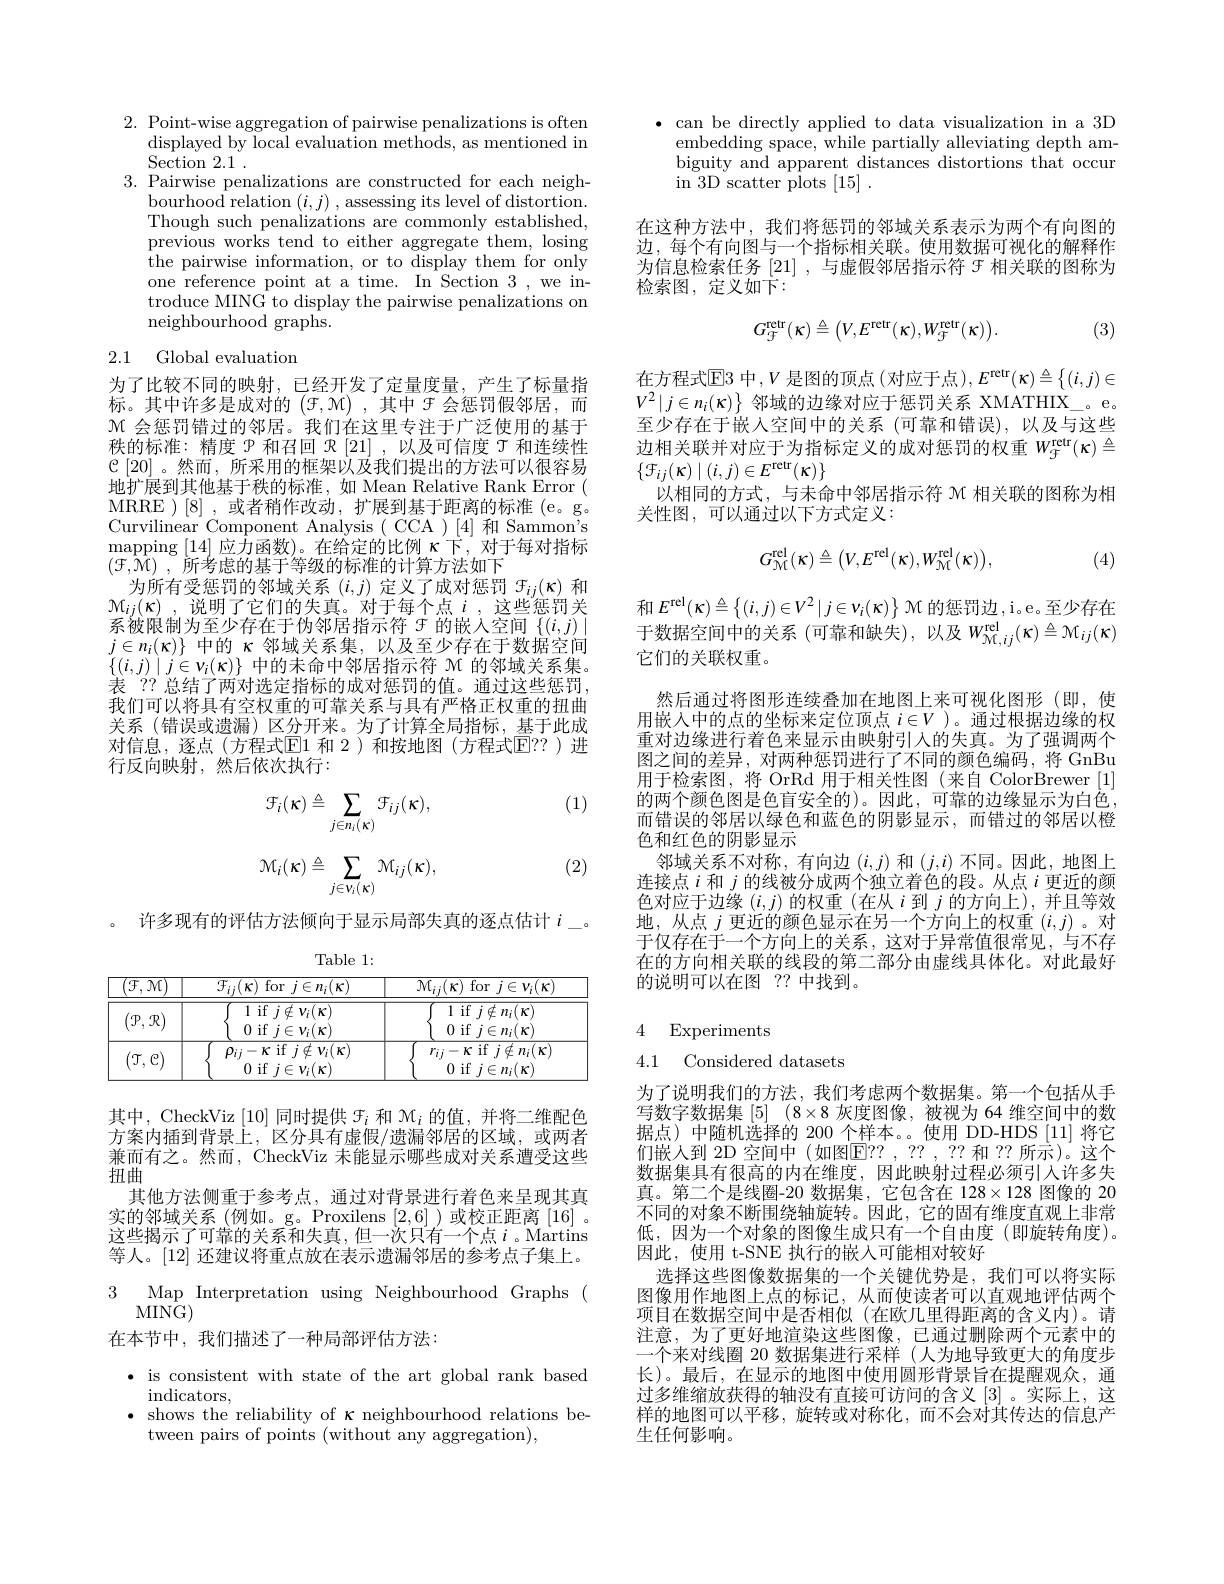
2. Point-wise aggregation of pairwise penalizations is often
displayed by local evaluation methods, as mentioned in
$\operatorname{Section}2.1$
3. Pairwise penalizations are constructed for each neigh-
$\begin{array}{l}\text{bourhood relation }(i,j)\:,\text{assessing its level of distortion.}\\\text{Though such penalizations are commonly established,}\end{array}$ previous works tend to either aggregate them, losing $\hat{the pairwise information, or to display them for only}$ one reference point at a time. In Section 3 , we introduce MING to display the pairwise penalizations on neighbourhood graphs.

# 2.1 Global evaluation

为了比较不同的映射，已经开发了定量度量，产生了标量指标。其中许多是成对的$(\mathcal{F},\mathcal{M})$ ,其中$\mathcal{F}$会惩罚假邻居，而$\mathcal{M}$会惩罚错过的邻居。我们在这里专注于广泛使用的基于秩的标准：精度$\mathbb{P}$和召回$\mathbb{R}\left[21\right]$,以及可信度 了 和连续性$\mathcal{C}[20]$ 。然而，所采用的框架以及我们提出的方法可以很容易地扩展到其他基于秩的标准，如 Mean Relative Rank Error ( MRRE )[8],或者稍作改动，扩展到基于距离的标准(e。g。Curvilinear Component Analysis ( CCA )[4] 和 Sammon's mapping [ 14] 应力函数)。在给定的比例 $\kappa$下，对于每对指标$( \mathcal{F} , \hat{\mathcal{M} } )$ , 所考虑的基于等级的标准的计算方法如下
为所有受惩罚的邻域关系$(i,j)$定义了成对惩罚$\mathcal{F}_ij(\kappa)$和$\begin{array}{l}\mathcal{M}_{ij}(\kappa)&\text{,说明了它们的失真。对于每个点 }i&\text{,这些惩罚关}\\\text{系被限制为至少存在于伪邻居指示符 }&\text{手的嵌入空间}&\{(i,j)|\end{array}$ $j\in n_i(\kappa)\}$中的 $\kappa$ 邻域关系集，以及至少存在于数据空间$\{(i,j)\mid j\in v_{i}(\kappa)\}$中的未命中邻居指示符 M 的邻域关系集。表 ?? 总结了两对选定指标的成对惩罚的值。通过这些惩罚， 我们可以将具有空权重的可靠关系与具有严格正权重的扭曲关系 (错误或遗漏)区分开来。为了计算全局指标，基于此成对信息，逐点(方程式$\overline{\mathrm{E}}1$ 和 2)和按地图(方程式$\overline{\mathrm{E}}??$)进行反向映射，然后依次执行：

(1)
$$\mathcal{F}_{i}(\kappa)\triangleq\sum_{j\in n_{i}(\kappa)}\mathcal{F}_{ij}(\kappa),$$
$$\mathcal{M}_{i}(\kappa)\triangleq\sum_{j\in\nu_{i}(\kappa)}\mathcal{M}_{ij}(\kappa),$$
(2)

许多现有的评估方法倾向于显示局部失真的逐点估计$i_{-}$。

Table 1:
<table>
	<tbody>
		<tr>
			<th>$({\mathcal{F},\mathcal M})$</th>
			<th>$\mathcal{F}_{ij}(\kappa)$ for $j\in n_i(\kappa)$</th>
			<th>$\mathcal{M}_{ij}(\kappa)$ for $j\in\nu_i(\kappa)$</th>
		</tr>
		<tr>
			<td>$(\mathcal{P},\mathcal{R})$</td>
			<td>1 if $j\notin v_{i}(\kappa)$ 0 if $j\in v_i(\kappa)$</td>
			<td>${\overline{1{\text{ if }j\notin n_{i}(\kappa)}}}$ 0 if $j\in n_i(\kappa)$</td>
		</tr>
		<tr>
			<td>$(\mathfrak{T},\mathfrak{c})$</td>
			<td>$\rho_{ij}-\kappa$ if $j\notin\nu_i(\kappa)$ 0 if $j\in v_i(\boldsymbol{\kappa})$</td>
			<td>$r_{ij}-\kappa$ if $j\notin n_i(\kappa)$ 0 if $j\in n_i(\kappa)$</td>
		</tr>
	</tbody>
</table>

其中，CheckViz [10]同时提供$\mathcal{F}_i$和$\mathcal{M}_i$的值，并将二维配色方案内插到背景上，区分具有虚假/遗漏邻居的区域，或两者兼而有之。然而，CheckViz 未能显示哪些成对关系遭受这些扭曲
其他方法侧重于参考点，通过对背景进行着色来呈现其真实的邻域关系(例如。g。Proxilens [2,6] )或校正距离[16] 。这些揭示了可靠的关系和失真，但一次只有一个点$i$ 。Martins 等人。[12]还建议将重点放在表示遗漏邻居的参考点子集上。

3 Map Interpretation using Neighbourhood Graphs (
$MING)$
在本节中，我们描述了一种局部评估方法：

· is consistent with state of the art global rank based
indicators,
$\bullet$ shows the reliability of $\kappa$ neighbourhood relations be-
tween pairs of points (without any aggregation),

$\bullet$ can be directly applied to data visualization in a 3D
embedding space, while partially alleviating depth ambiguity and apparent distances distortions that occur $\operatorname{in}3$D$\operatorname{scatter}\operatorname{plots}\left[15\right].$

在这种方法中，我们将惩罚的邻域关系表示为两个有向图的边，每个有向图与一个指标相关联。使用数据可视化的解释作为信息检索任务[21] ,与虚假邻居指示符$\mathcal{F}$相关联的图称为检索图，定义如下：
$$G_{\mathcal{F}}^{\mathrm{retr}}(\kappa)\triangleq\begin{pmatrix}V,E^{\mathrm{retr}}(\kappa),W_{\mathcal{F}}^{\mathrm{retr}}(\kappa)\end{pmatrix}.$$
(3)

在方程式$\mathbb{E}3$ 中 $,V$ 是图的顶点 (对应于点$),E^\mathrm{retr}(\kappa)\triangleq\left\{(i,j)\in\right\}$ $V^2\mid j\in n_i(\kappa)\}$邻域的边缘对应于惩罚关系 XMATHIX\_。e。至少存在于嵌人空间中的关系 (可靠和错误),以及与这些边相关联并对应于为指标定义的成对惩罚的权重$W_{\mathcal{F}}^\mathrm{retr}(\kappa)\triangleq$ $\{\mathcal{F}_{ij}(\kappa)\mid(i,j)\in E^{\mathrm{retr}}(\kappa)\}$
以相同的方式，与未命中邻居指示符$\mathfrak{M}$相关联的图称为相
关性图，可以通过以下方式定义：

(4)
$$G_{\mathcal{M}}^{\mathrm{rel}}(\kappa)\triangleq\begin{pmatrix}V,E^{\mathrm{rel}}(\kappa),W_{\mathcal{M}}^{\mathrm{rel}}(\kappa)\end{pmatrix},$$
和 $E^\mathrm{rel}( \kappa ) \triangleq \left \{ ( i, j) \in V^{2}\mid j\in \nu _{i}( \kappa ) \right \} \mathcal{M}$ 的惩罚边，i。e。至少存在于数据空间中的关系 (可靠和缺失),以及$W_{\mathcal{M},ij}^\mathrm{rel}(\kappa)\triangleq\mathcal{M}_{ij}(\kappa)$ 它们的关联权重。

然后通过将图形连续叠加在地图上来可视化图形(即，使用嵌入中的点的坐标来定位顶点$i\in V$ )。通过根据边缘的权重对边缘进行着色来显示由映射引人的失真。为了强调两个图之间的差异，对两种惩罚进行了不同的颜色编码，将 GnBu 用于检索图，将 OrRd 用于相关性图(来自 ColorBrewer [1] 的两个颜色图是色盲安全的)。因此，可靠的边缘显示为白色， 而错误的邻居以绿色和蓝色的阴影显示，而错过的邻居以橙色和红色的阴影显示
邻域关系不对称，有向边$(i,j)$和$(j,i)$不同。因此，地图上连接点$i$和$j$的线被分成两个独立着色的段。从点$i$更近的颜色对应于边缘($i,j)$的权重 (在从$i$到$j$的方向上),并且等效地，从点$j$更近的颜色显示在另一个方向上的权重$(i,j)$ 。对于仅存在于一个方向上的关系，这对于异常值很常见，与不存在的方向相关联的线段的第二部分由虚线具体化。对此最好的说明可以在图 ?? 中找到

# 4 Experiments

4.1 Considered datasets

为了说明我们的方法，我们考虑两个数据集。第一个包括从手写数字数据集[5] $( 8\times 8$灰度图像，被视为 64 维空间中的数据点)中随机选择的 200 个样本。。使用 DD-HDS [11]将它们嵌人到 2D 空间中(如图$\overline{\mathrm{E}}??,??,??$ 和 ?? 所示)。这个数据集具有很高的内在维度，因此映射过程必须引入许多失真。第二个是线圈-20 数据集，它包含在 128×128 图像的 20不同的对象不断围绕轴旋转。因此，它的固有维度直观上非常低，因为一个对象的图像生成只有一个自由度(即旋转角度)。因此，使用 t-SNE 执行的嵌入可能相对较好
选择这些图像数据集的一个关键优势是，我们可以将实际图像用作地图上点的标记，从而使读者可以直观地评估两个项目在数据空间中是否相似(在欧几里得距离的含义内)。请注意，为了更好地渲染这些图像，已通过删除两个元素中的一个来对线圈 20 数据集进行采样(人为地导致更大的角度步长)。最后，在显示的地图中使用圆形背景旨在提醒观众，通过多维缩放获得的轴没有直接可访问的含义[3] 。实际上，这样的地图可以平移，旋转或对称化，而不会对其传达的信息产生任何影响。